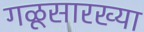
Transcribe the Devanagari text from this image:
गळूसारख्या